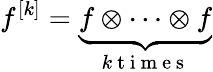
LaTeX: f^{[k]}=\underset{k\mathrm{~t~i~m~e~s~}}{\underbrace{f\otimes\cdots\otimes f}}